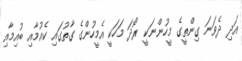
އަދި ދެވަނަ ގިންތީގެ މީހުންނަކީ ރޯދަ މަހަކީ އެމީހުންގެ ގާތުގައި ކެއުމާއި ބުއިމާއި